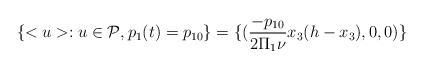
\begin{align*}\{<u>: u \in \mathcal{P}, p_1(t)=p_{10}\} =\{(\frac{-p_{10}}{2\Pi_1 \nu}x_3(h-x_3),0,0)\}\end{align*}